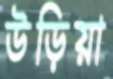
উড়িয়া